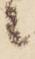
候